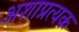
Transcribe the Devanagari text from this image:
अशाप्रत्यक